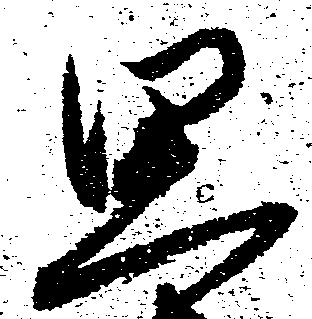
思